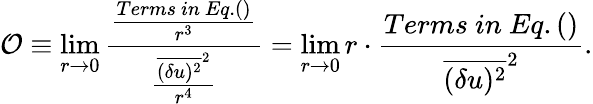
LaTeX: {\cal{O}}\equiv\operatorname*{lim}_{r\rightarrow 0}\frac{\frac{Terms\ in\ Eq.()}{r^{3}}}{\frac{\overline{{(\delta u)^{2}}}^{2}}{r^{4}}}=\operatorname*{lim}_{r\rightarrow 0}r\cdot\frac{Terms\ in\ Eq.()}{\overline{{(\delta u)^{2}}}^{2}}.